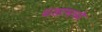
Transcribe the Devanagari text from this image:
धडामध्ये